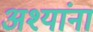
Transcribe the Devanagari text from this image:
अश्यांना